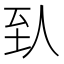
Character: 𬛱